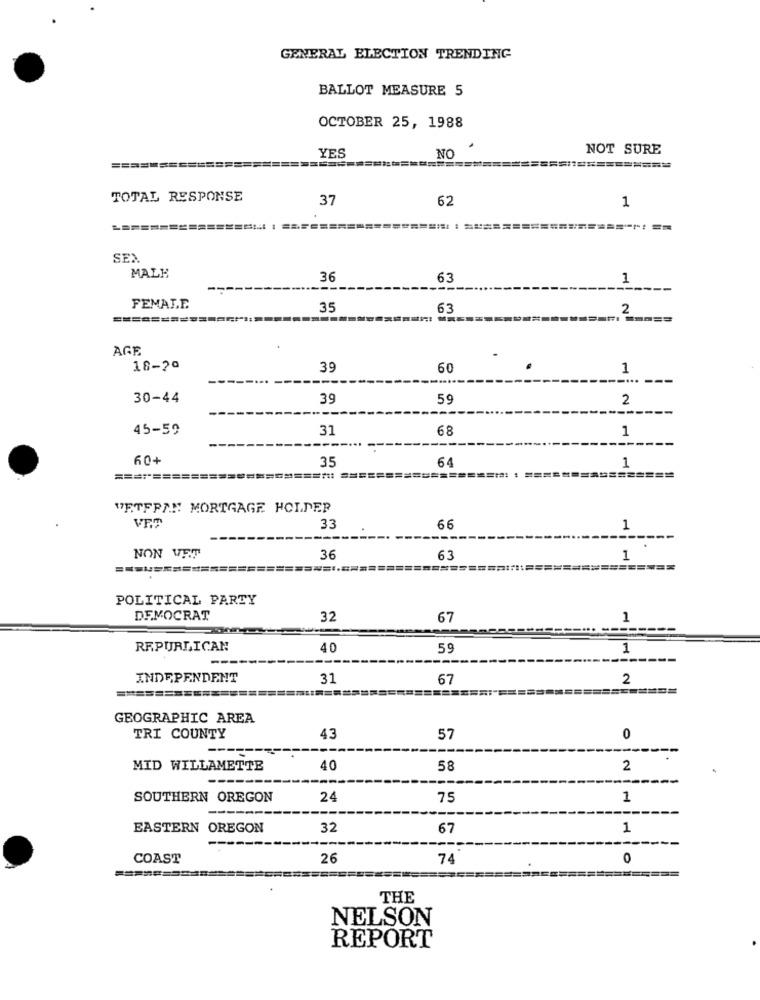
GENERAL ELECTION TRENDING
BALLOT MEASURE 5
OCTOBER 25, 1988
YES
NO
NOT SURE
=======
TOTAL RESPONSE
37
62
1
SEX
MALE
36
63
1
FEMALE
35
63
2
AGE
18-20
39
60
.
1
30-44
39
59
2
45-59
31
68
1
60+
35
64
1
====
============ =======
==: : =====
WETFPAN MORTGAGE HOLDER
33
66
1
NON VET
36
63
1
====
========
POLITICAL PARTY
DEMOCRAT
32
67
1
REPUBLICAN
40
59
1
INDEPENDENT
31
67
2
GEOGRAPHIC AREA
TRI COUNTY
43
57
0
MID WILLAMETTE
40
58
2
SOUTHERN OREGON
24
75
1
--
EASTERN OREGON
32
67
1
COAST
26
74
0
THE
NELSON
REPORT